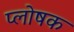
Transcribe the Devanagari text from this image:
प्लोषक